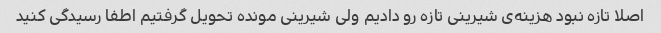
اصلا تازه نبود هزینه‌ی شیرینی تازه رو دادیم ولی شیرینی مونده تحویل گرفتیم اطفا رسیدگی کنید